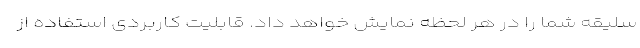
سلیقه شما را در هر لحظه نمایش خواهد داد. قابلیت کاربردی استفاده از